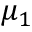
\mu _ { 1 }